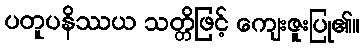
ပတူပနိဿယ သတ္တိဖြင့် ကျေးဇူးပြု၏။